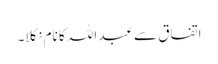
اتفاق سے عبداللہ کا نام نکلا۔